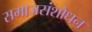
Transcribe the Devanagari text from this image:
समाजसंशोधन